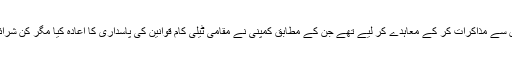
بلیک بیری بنانے والی کینیڈین کمپنی نے ان حکومتوں سے مذاکرات کر کے معاہدے کر لیے تھے جن کے مطابق کمپنی نے مقامی ٹیلی کام قوانین کی پاسداری کا اعادہ کیا مگر کن شرائط کے تحت اس کی تفصیلات سامنے نہیں لائی گئیں۔